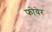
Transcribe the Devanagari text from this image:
फोयेर